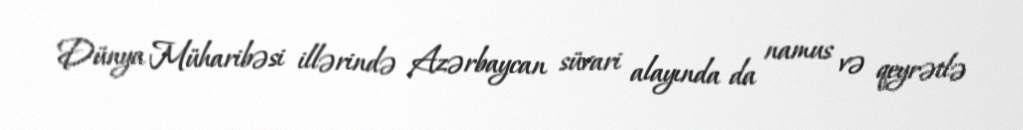
Dünya Müharibəsi illərində Azərbaycan süvari alayında da namus və qeyrətlə